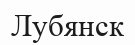
Лубянск